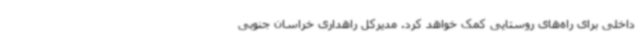
داخلی برای راه‌های روستایی کمک خواهد کرد. مدیرکل راهداری خراسان جنوبی